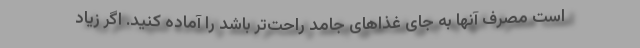
است مصرف آنها به جای غذاهای جامد راحت‌تر باشد را آماده کنید. اگر زیاد